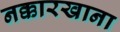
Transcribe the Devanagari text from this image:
नक्कारखाना